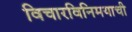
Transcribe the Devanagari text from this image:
विचारविनिमयाची